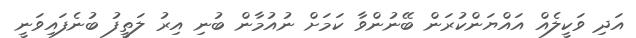
އަދި ވަކީލެއް އައްޔަންކުރަން ބޭނުންވާ ކަމަށް ނުއުމާން ބުނި އިރު ލަތީފު ބުނެފައިވަނީ